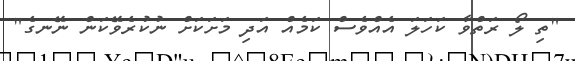
"ތި ލޯ ރަތްވާ ކަހަލަ އެއްވެސް ކަމެއް އަދި މަށަކަށް ނުކުރެވޭކަން ނޭނގެ"